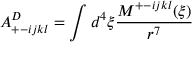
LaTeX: A _ { + - i j k l } ^ { D } = \int d ^ { 4 } \xi \frac { M ^ { + - i j k l } ( \xi ) } { r ^ { 7 } }